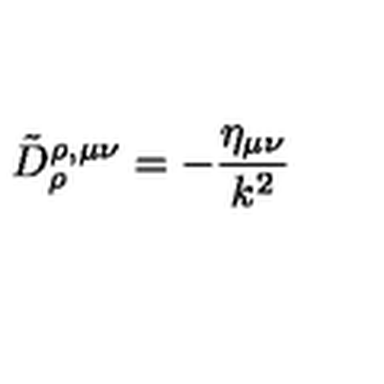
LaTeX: \tilde { D } _ { \rho } ^ { \rho , \mu \nu } = - \frac { \eta _ { \mu \nu } } { k ^ { 2 } }